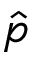
\hat { p }